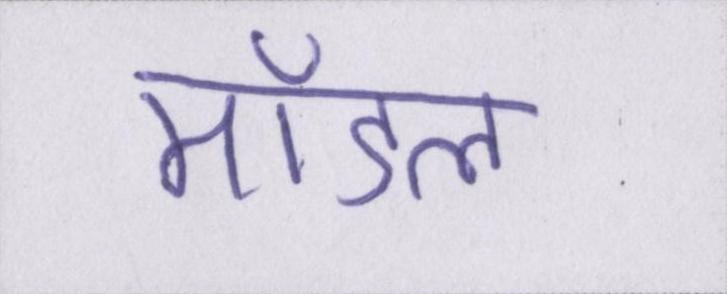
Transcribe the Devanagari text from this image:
मॉडल